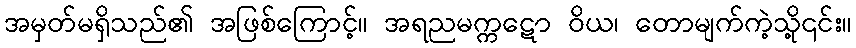
အမှတ်မရှိသည်၏ အဖြစ်ကြောင့်။ အရညမက္ကဋော ဝိယ၊ တောမျက်ကဲ့သို့၎င်း။